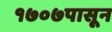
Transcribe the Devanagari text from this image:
१७०७पासून